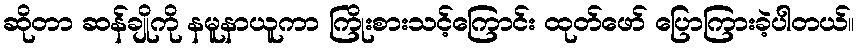
ဆိုတာ ဆန်ချိုကို နမူနာယူကာ ကြိုးစားသင့်ကြောင်း ထုတ်ဖော် ပြောကြားခဲ့ပါတယ်။